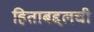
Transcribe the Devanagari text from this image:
हिताबद्दलची